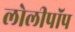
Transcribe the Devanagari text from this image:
लोलीपॉप